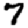
Digit: 7